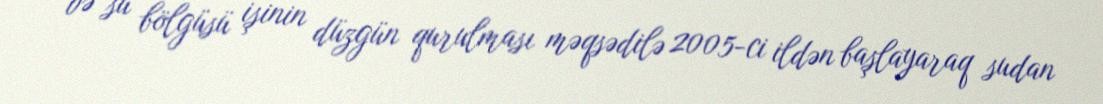
və su bölgüsü işinin düzgün qurulması məqsədilə 2005-ci ildən başlayaraq sudan